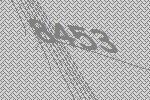
8453